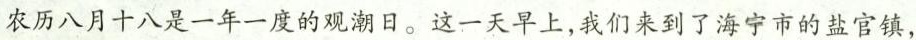
农历八月十八是一年一度的观潮日。这一天早上，我们来到了海宁市的盐官镇，